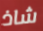
شاذ